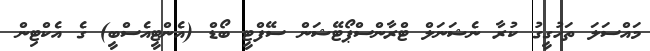
މައްސަލަ ތަހުގީގު ކުރާ ނެޝަނަލް ޓްރާންސްޕޯޓޭޝަން ސޭފްޓީ ބޯޑް (އެންޓީއެސްބީ) ގެ އެކްޓިން